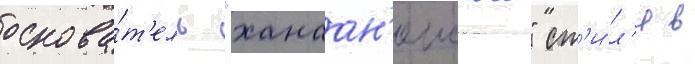
основа́т'ель "ханаан'еиского" ст'и́л'я в